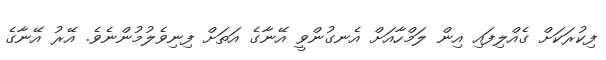
ފިކުރަކަށް ގެއްލިފައި އިން ލަމްހާއަށް އެނގުންވީ އޭނާގެ އަތަށް ފިނިވެލުމުންނެވެ. އޭރު އޭނާގެ